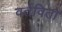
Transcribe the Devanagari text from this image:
वर्तवितो